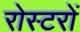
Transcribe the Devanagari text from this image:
रोस्टरों